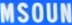
MSOUN